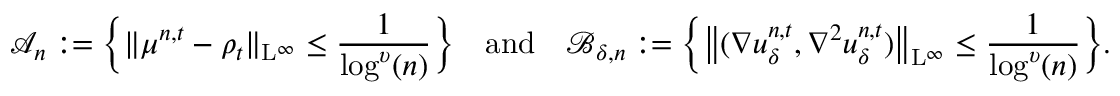
\mathcal { A } _ { n } : = \Big \{ \| \mu ^ { n , t } - \rho _ { t } \| _ { \mathrm { L } ^ { \infty } } \leq \frac { 1 } { \log ^ { \upsilon } ( n ) } \Big \} \quad \mathrm { a n d } \quad \mathcal { B } _ { \delta , n } : = \Big \{ \big \| ( \nabla u _ { \delta } ^ { n , t } , \nabla ^ { 2 } u _ { \delta } ^ { n , t } ) \big \| _ { \mathrm { L } ^ { \infty } } \leq \frac { 1 } { \log ^ { \upsilon } ( n ) } \Big \} .